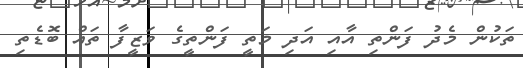
ތަކުން މެދު ފަންތި އާއި އަދި މަތީ ފަންތީގެ ވަޒީފާ ތައް ބޮޑެތި